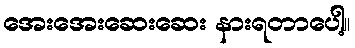
အေးအေးဆေးဆေး နားရတာပေါ့။